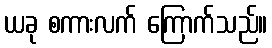
ယခု စကားလက် ကြောက်သည်။